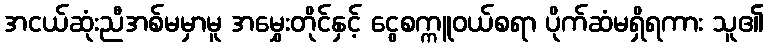
အငယ်ဆုံးညီအစ်မမှာမူ အမွှေးတိုင်နှင့် ငွေစက္ကူဝယ်စရာ ပိုက်ဆံမရှိရကား သူ၏